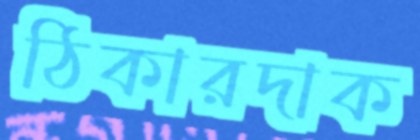
ঠিকারদাক